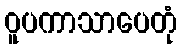
ဝူပကာသာပေတုံ